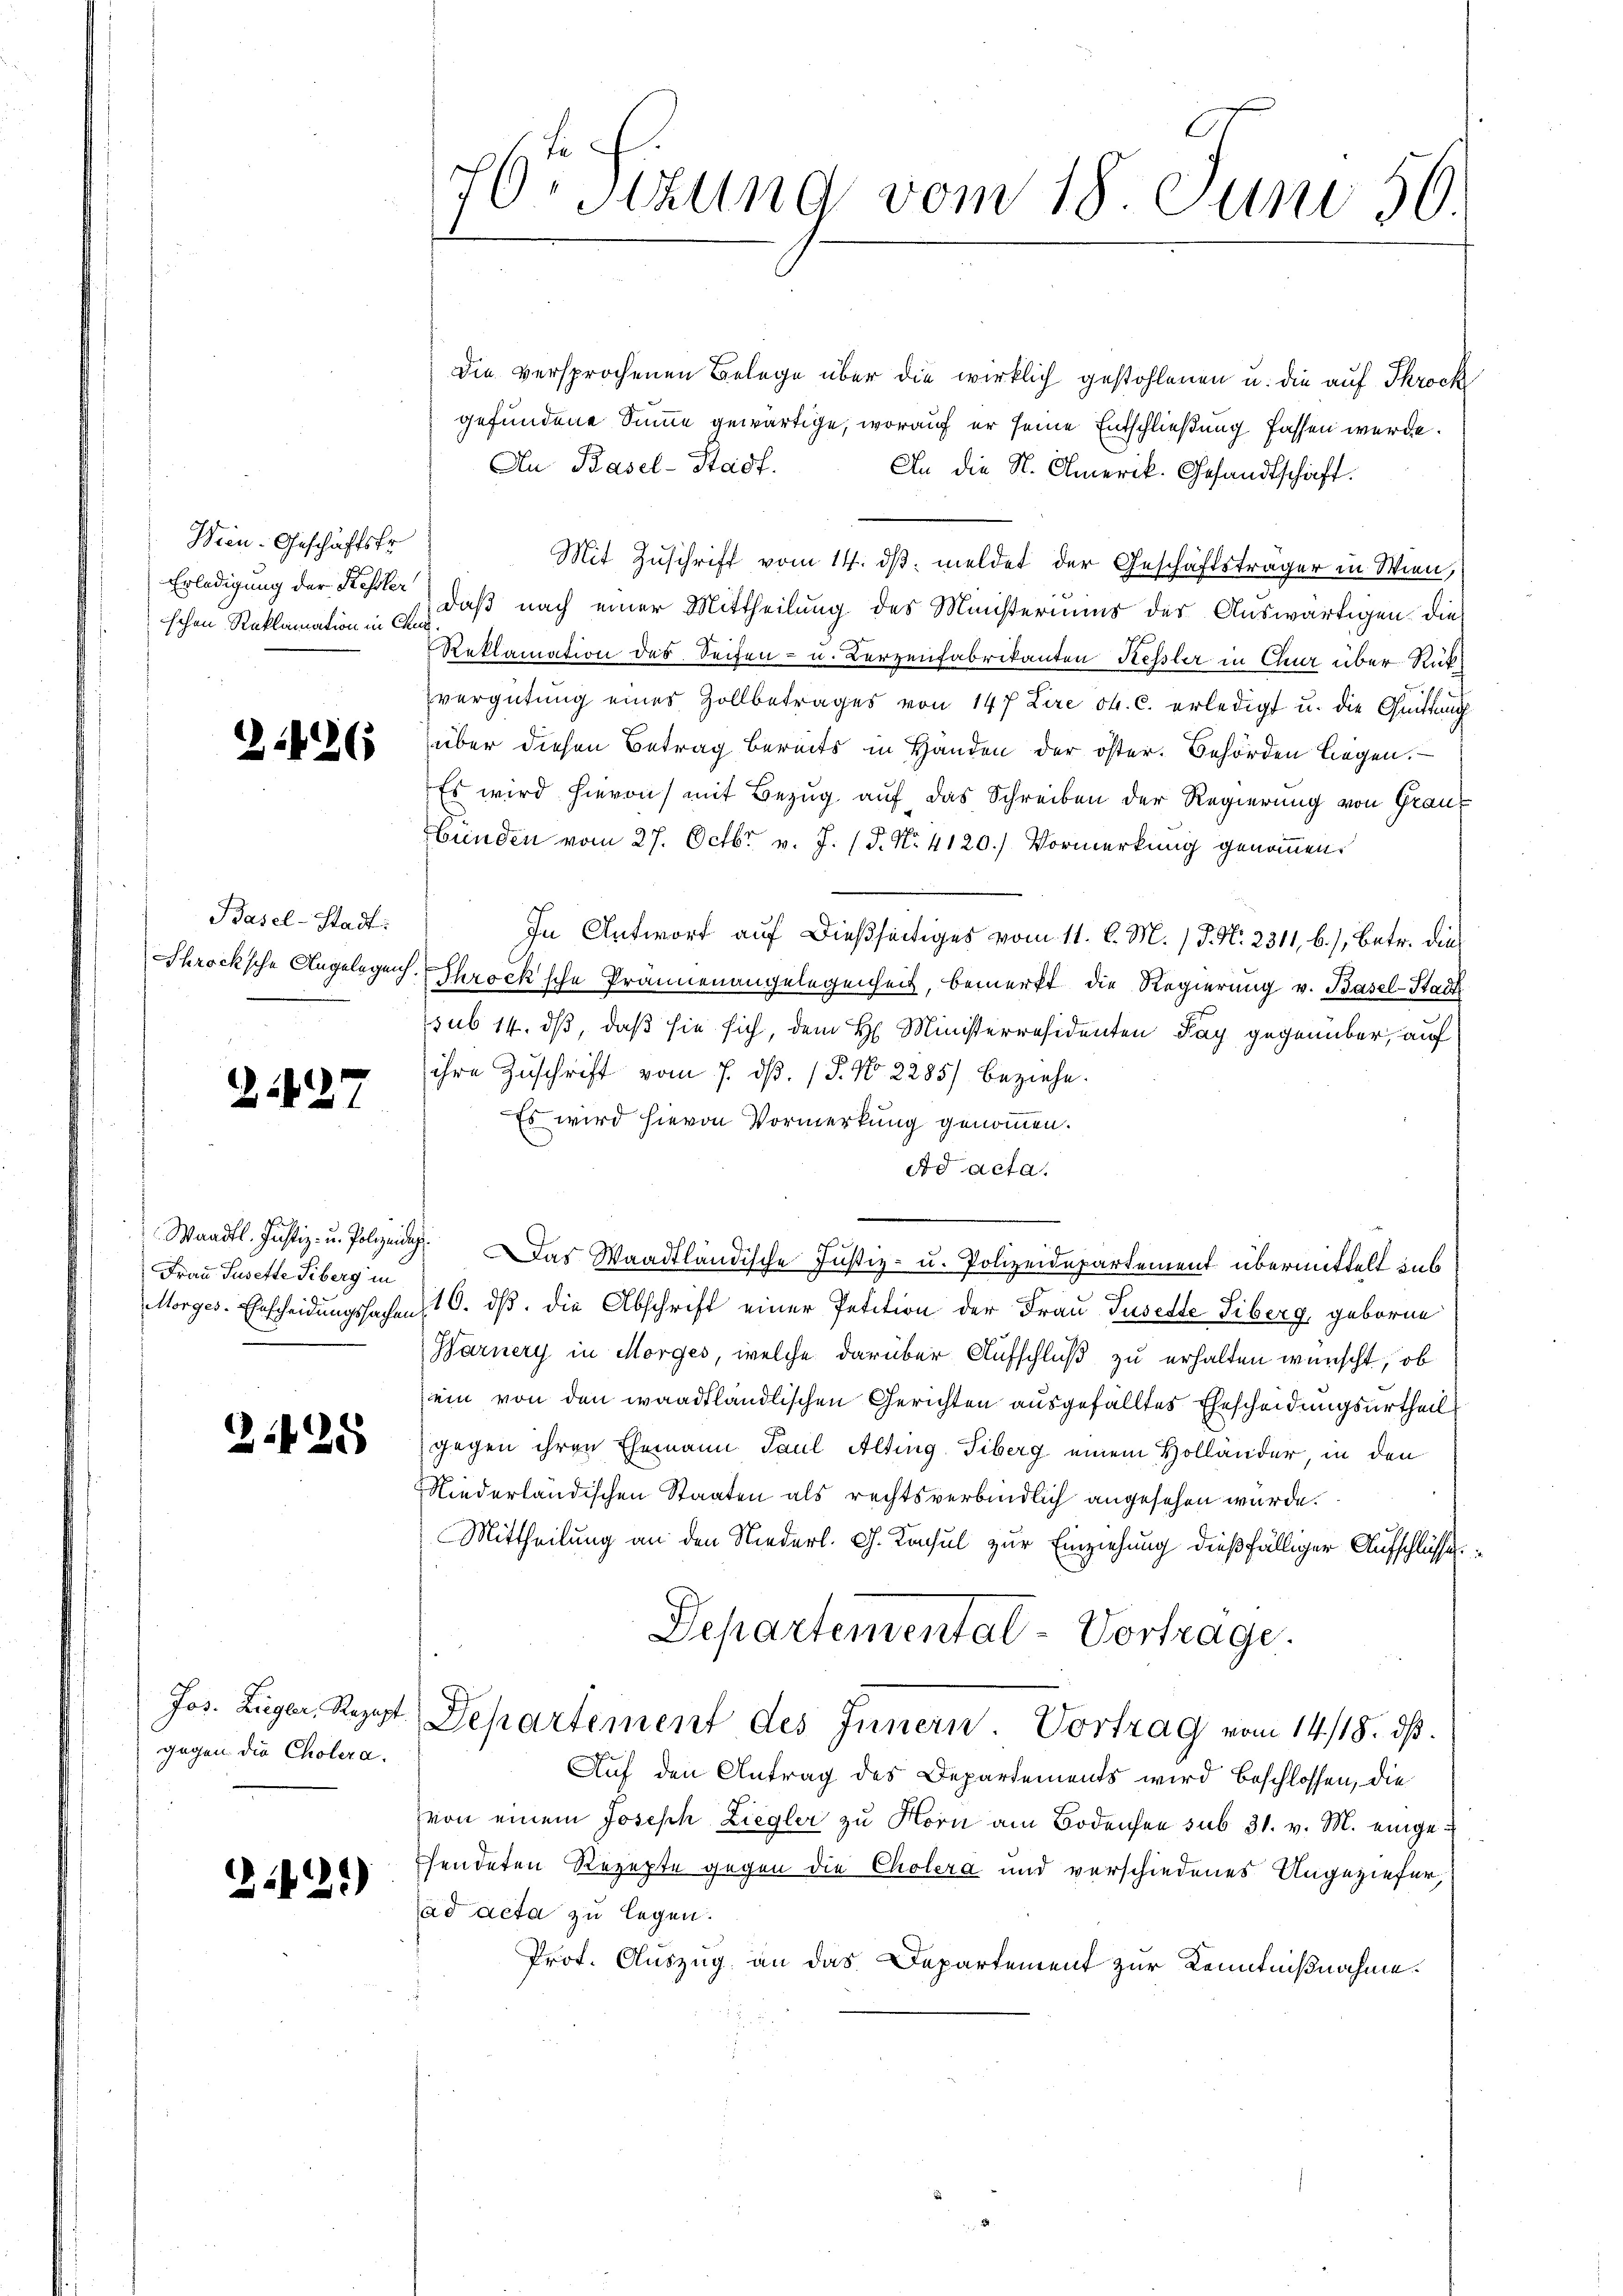
Hien-Geschäftsfr
Erledigung der Kessler
schon Reklamation in Chur

2426

Basel-Stadt:

1827

Frau Jusette Siberg in

2425

Jos. Zugler, Rezept
gegen die Cholera.

22.)

Die versprochenen Belege über die wirklich gestohlenen u. die auf Tkrock
gefundene Summe gewärtige, worauf er seine Entschließung fassen werde.
An Basel-Stadt.
An die N. Omerik. Gesandtschaft.
Mit Zuschrift vom 14. dβ meldet der Geschäftsträger in Wien,
daß nach einer Mittheilung des Ministeriums der Auswärtigen die
Reklamation des Seifen- u. Berzenfabrikanten Kessler in Clua über Rück¬

vergütung eines Zollbetrages von 147 Lire ob. c. erledigt u. die Quittung
über diesen Betrag bereits in Handen der öster. Behörden liegen.
Es wird hievon mit Bezug auf das Schreiben der Regierung von Grau¬
Hunden vom 27. Octbr. v. J. P. Nr. 4120.) Vormerkung genommen.
In Antwort auf dießseitiges vom 11. d. M. J. N. 2311, b.) Betr. dies
Throcksche Angelegen. Ihrocksche Prännenangelegenheit, bemerkt die Regierung v. Basel-Stad
sub 14. ds, daß sie sich, dem H. Ministerresidenten Tag gegenüber, auf
ihre Zuschrift vom 7. dß. P. No 2285/ beziehe.
Es wird hievon Vormerkung genommen.
Ad acta.
Waadt. Justiz- u. Polizein. Das Waadtländische Justiz- u. Polizeidepartement übermittelt sub
Morges. Erscheidungssachen, 16. ds. die Abschrift einer Petition der Frau Susette Siberg, geborne
Garnery in Morges, welche darüber Aufschluß zu erhalten wünscht, ob
sein von den waadtländlischen Gerichten ausgefälltes Ehescheidungsurtheil
gegen ihren Ehemann Paul Alting. Tiberg einem Holländer, in den
Niederländischen Staaten als rechtsverbindlich angesehen würde.
Mittheilung an den Niederl. G. Konsul zur Einziehung dießfälliger Aufschlüsse
Departemental-Vorträge.
 Departement des Innern Vortrag vom 14./18. dß.
Auf den Antrag des Departements wird beschlossen, die
von einem Joseph Liegler zu Horn am Bodensen sub 31. v. M. eingesendeten Rezepte gegen die Cholera und verschiedenes Angezieher,
ad acta zu legen.
Prot. Auszug, an das Departement zur Kenntnißnahme.

76t Sizung vom 18. Juni 56.